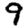
Digit: 9